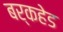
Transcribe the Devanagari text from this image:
बर्कहेड